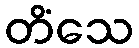
တိံသေ